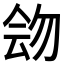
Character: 𠊉